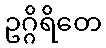
ဥဂ္ဂိရိတေ